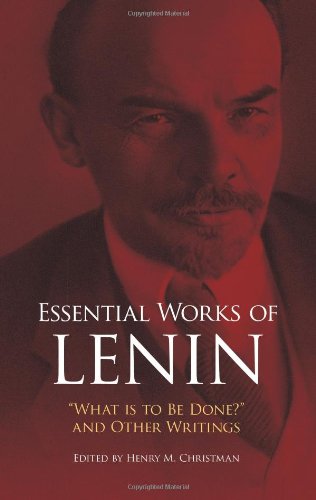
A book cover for Essential Works of Lenin: "What Is to Be Done?" and Other Writings; Vladimir Ilyich Lenin; History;